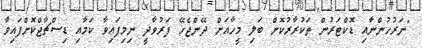
"ނަރުހުންނާއި ޑޮކްޓަރުން ތަކުރާރުކޮށް ބަލި މީހާއަށް ދޭންޖެހޭ ފަރުވާދީ ނިމިފައިވާ ކަމާއި ޑިސްޗާޖްކޮށްފައިވާ